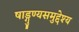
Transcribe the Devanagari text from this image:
षाड्गुण्यसमुद्देश्य